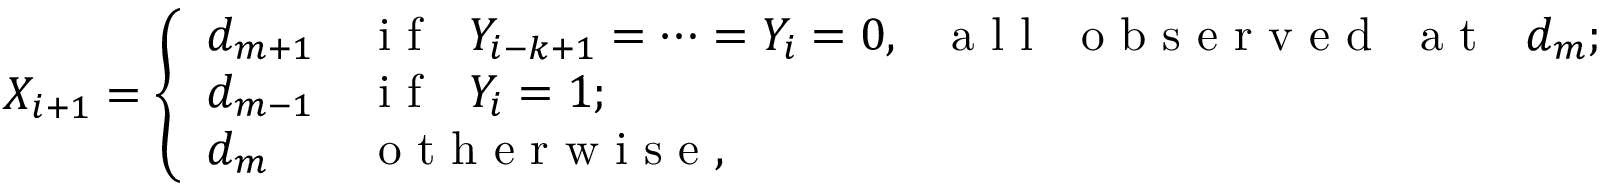
X _ { i + 1 } = { \left\{ \begin{array} { l l } { d _ { m + 1 } } & { { \textrm { i f } } \ \ Y _ { i - k + 1 } = \cdots = Y _ { i } = 0 , \ \ { \textrm { a l l } } \ { \textrm { o b s e r v e d } } \ { \textrm { a t } } \ \ d _ { m } ; } \\ { d _ { m - 1 } } & { { \textrm { i f } } \ \ Y _ { i } = 1 ; } \\ { d _ { m } } & { { \textrm { o t h e r w i s e } } , } \end{array} \right. }